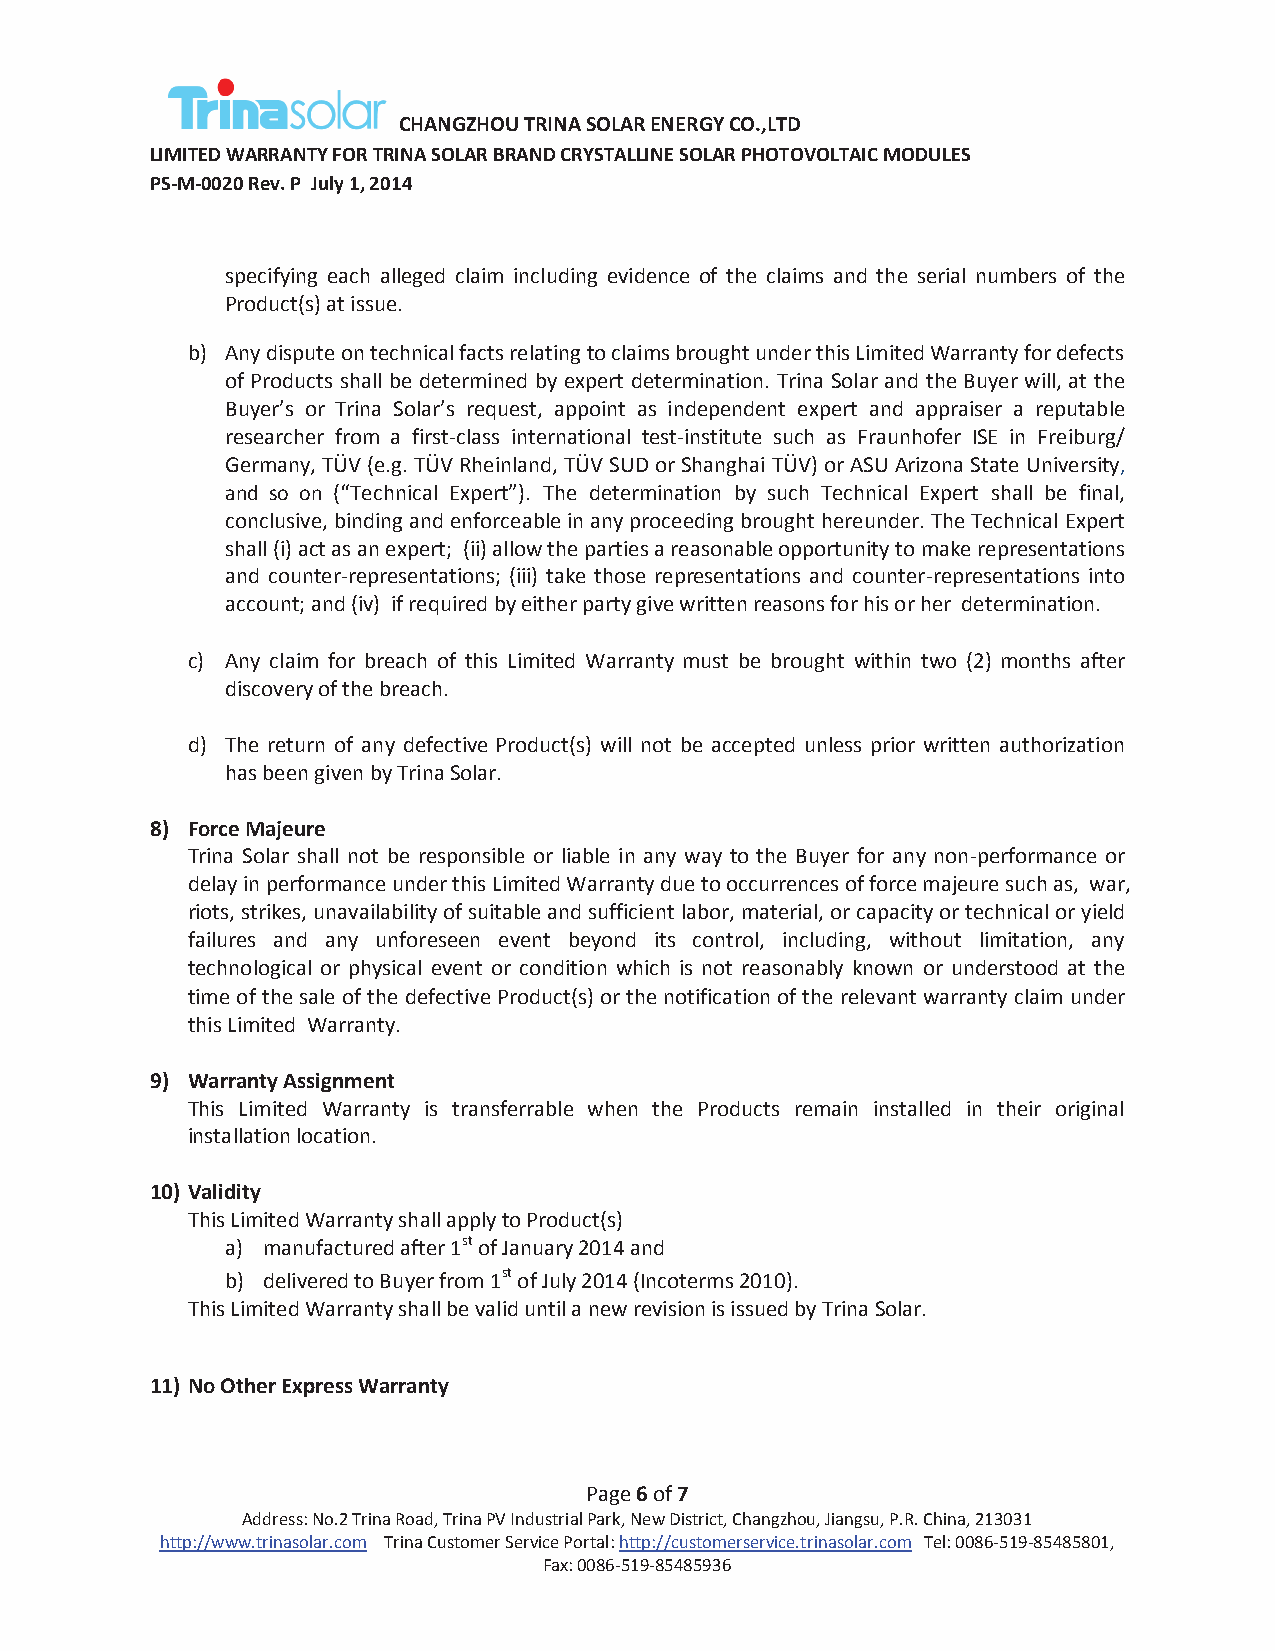
CHANGZHOU TRINA SOLAR ENERGY CO.,LTD
 LIMITED WARRANTY FOR TRINA SOLAR BRAND CRYSTALLINE SOLAR PHOTOVOLTAIC MODULES
 PS-M-0020 Rev. P July 1, 2014
 specifying each alleged claim including evidence of the claims and the serial numbers of the
 Product(s) at issue.
 b) Any dispute on technical facts relating to claims brought under this Limited Warranty for defects
 of Products shall be determined by expert determination. Trina Solar and the Buyer will, at the
 Buyer’s or Trina Solar’s request, appoint as independent expert and appraiser a reputable
 researcher from a first-class international test-institute such as Fraunhofer ISE in Freiburg/
 Germany, TÜV (e.g. TÜV Rheinland, TÜV SUD or Shanghai TÜV) or ASU Arizona State University,
 and so on (“Technical Expert”). The determination by such Technical Expert shall be final,
 conclusive, binding and enforceable in any proceeding brought hereunder. The Technical Expert
 shall (i) act as an expert; (ii) allow the parties a reasonable opportunity to make representations
 and counter-representations; (iii) take those representations and counter-representations into
 account; and (iv) if required by either party give written reasons for his or her determination.
 c) Any claim for breach of this Limited Warranty must be brought within two (2) months after
 discovery of the breach.
 d) The return of any defective Product(s) will not be accepted unless prior written authorization
 has been given by Trina Solar.
 8) Force Majeure
 Trina Solar shall not be responsible or liable in any way to the Buyer for any non-performance or
 delay in performance under this Limited Warranty due to occurrences of force majeure such as, war,
 riots, strikes, unavailability of suitable and sufficient labor, material, or capacity or technical or yield
 failures and any unforeseen event beyond its control, including, without limitation, any
 technological or physical event or condition which is not reasonably known or understood at the
 time of the sale of the defective Product(s) or the notification of the relevant warranty claim under
 this Limited Warranty.
 9) Warranty Assignment
 This Limited Warranty is transferrable when the Products remain installed in their original
 installation location.
 10) Validity
 This Limited Warranty shall apply to Product(s)
 a) manufactured after 1st of January 2014 and
 b) delivered to Buyer from 1st of July 2014 (Incoterms 2010).
 This Limited Warranty shall be valid until a new revision is issued by Trina Solar.
 11) No Other Express Warranty
 Page 6 of 7
 Address: No.2 Trina Road, Trina PV Industrial Park, New District, Changzhou, Jiangsu, P.R. China, 213031
 http://www.trinasolar.com Trina Customer Service Portal: http://customerservice.trinasolar.com Tel: 0086-519-85485801,
 Fax: 0086-519-85485936